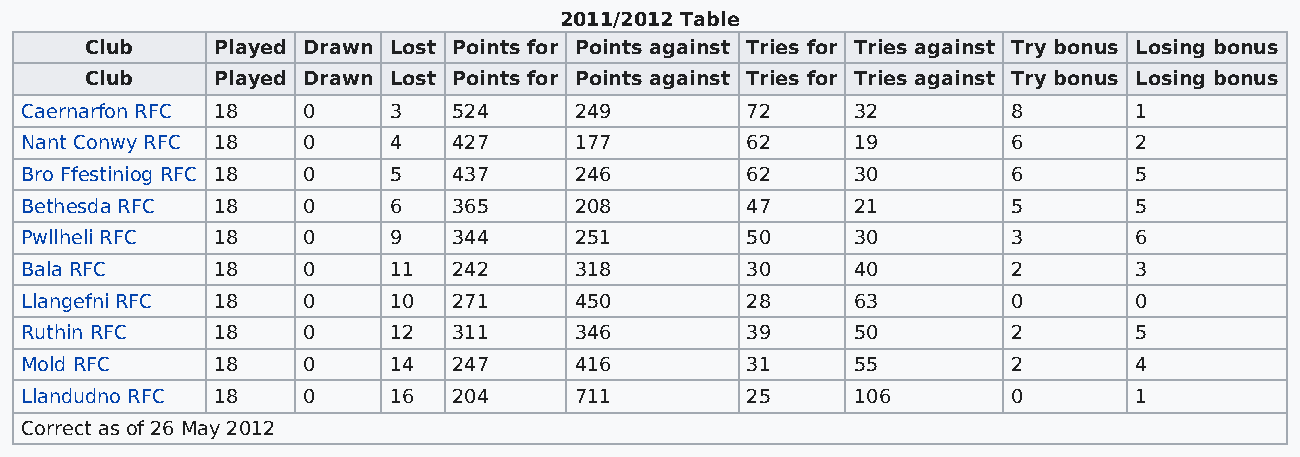
2011/2012 Table
 Club    Played Drawn Lost Points for Points against Tries for Tries against Try bonus Losing bonus
 Club    Played Drawn Lost Points for Points against Tries for Tries against Try bonus Losing bonus
 Caernarfon RFC 18  0     3   524     249        72      32        8       1
 Nant Conwy RFC 18  0     4   427     177        62      19        6       2
 Bro Ffestiniog RFC 18 0  5   437     246        62      30        6       5
 Bethesda RFC 18    0     6   365     208        47      21        5       5
 Pwllheli RFC 18    0     9   344     251        50      30        3       6
 Bala RFC     18    0     11  242     318        30      40        2       3
 Llangefni RFC 18   0     10  271     450        28      63        0       0
 Ruthin RFC   18    0     12  311     346        39      50        2       5
 Mold RFC     18    0     14  247     416        31      55        2       4
 Llandudno RFC 18   0     16  204     711        25      106       0       1
 Correct as of 26 May 2012